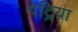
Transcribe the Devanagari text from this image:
पेट्रिया